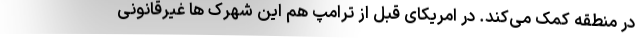
در منطقه کمک می‌کند. در امریکای قبل از ترامپ هم این شهرک ها غیرقانونی